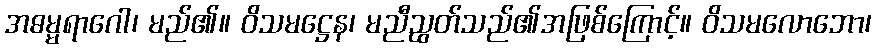
အဓမ္မရာဂေါ၊ မည်၏။ ဝိသမဋ္ဌေန၊ မညီညွတ်သည်၏အဖြစ်ကြောင့်။ ဝိသမလောဘော၊